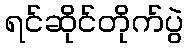
ရင်ဆိုင်တိုက်ပွဲ